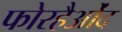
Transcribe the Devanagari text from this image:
फोरहैओंद